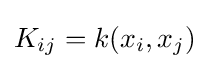
K_{ij}=k(x_{i},x_{j})